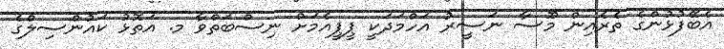
އެބޭފުޅުންގެ ތެރެއިން މޫސާ ނަސީރު އަހްމަދަކީ ޕީޕީއެމަށް ނިސްބަތްވާ މ. އަތޮޅު ކައުންސިލްގެ